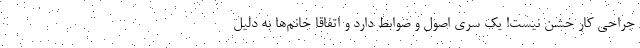
جراحی کار خشن نیست! یک سری اصول و ضوابط دارد و اتفاقا خانم‌ها به دلیل